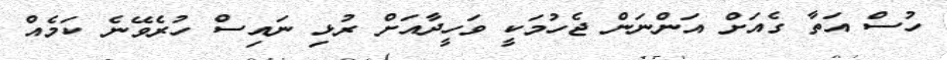
ހުސް އަތާ ގެއަށް އަންނަން ޖެހުމަކީ ވަހީދާއަށް ރުޅި ނައިސް ހުރެވޭނެ ކަމެއް